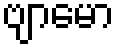
ဗျာမော